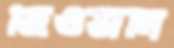
জিওভানি